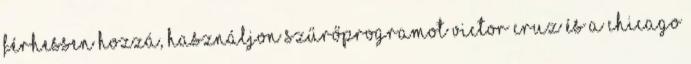
férhessen hozzá, használjon szűrőprogramot Victor Cruz és a Chicago